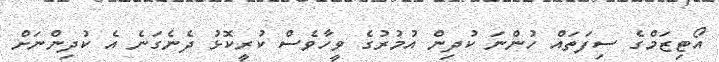
އޯޓިޒަމްގެ ސިފަތައް ހުންނަ ކުދިން އުމުރުގެ ވީހާވެސް ކުރީކޮޅު ދެނެގަނެ އެ ކުދިންނަށް